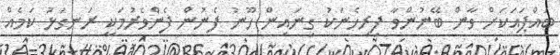
ބައްޕައަކަށް ވާން ބޭނުންވާ ފިރިހެނަކު ގިނައިން ހޫނު ފެނުން ފެންވެރުމަކީ ރަނގަޅު ކަމެއް